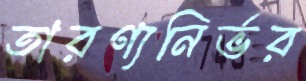
তারণ্যনির্ভর